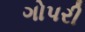
ગોપરી